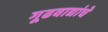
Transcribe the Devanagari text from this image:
गूढवाद्यांचे